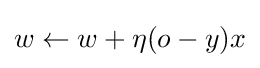
w\leftarrow w+\eta (o-y)x